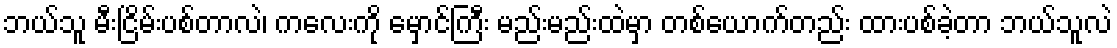
ဘယ်သူ မီးငြိမ်းပစ်တာလဲ၊ ကလေးကို မှောင်ကြီး မည်းမည်းထဲမှာ တစ်ယောက်တည်း ထားပစ်ခဲ့တာ ဘယ်သူလဲ